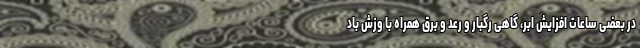
در بعضی ساعات افزایش ابر، گاهی رگبار و رعد و برق همراه با وزش باد